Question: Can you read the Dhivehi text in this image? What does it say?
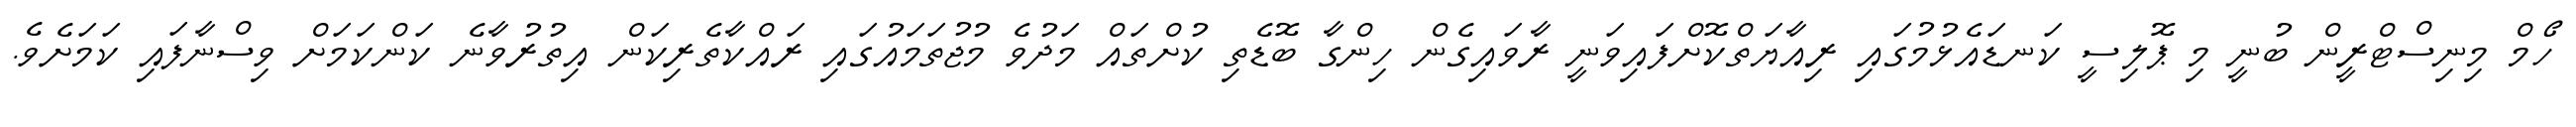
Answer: ހޯމް މިނިސްޓްރީން ބުނީ މި ޕޮލިސީ ކަނޑައެޅުމުގައި ރިއާޔަތްކޮށްފައިވަނީ ރާވައިގެން ހިންގާ ބޮޑެތި ކުށްތައް މަދުވެ މުޖުތަމައުގައި ރައްކާތެރިކަން އިތުރުވާނެ ކަންކަމަށް ވިސްނާފައި ކަމަށެވެ.